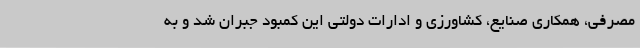
مصرفی، همکاری صنایع، کشاورزی و ادارات دولتی این کمبود جبران شد و به